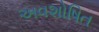
અવશોષિત